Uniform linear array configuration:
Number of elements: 4
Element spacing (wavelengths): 1
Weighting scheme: binomial
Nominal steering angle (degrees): -45
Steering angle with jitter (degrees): -45.062
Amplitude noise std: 0.05
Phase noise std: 0.05

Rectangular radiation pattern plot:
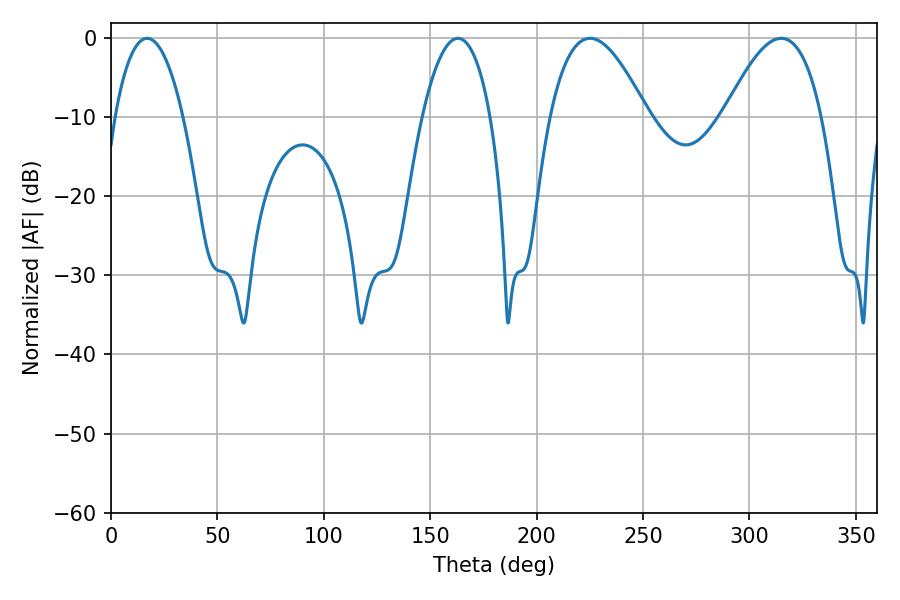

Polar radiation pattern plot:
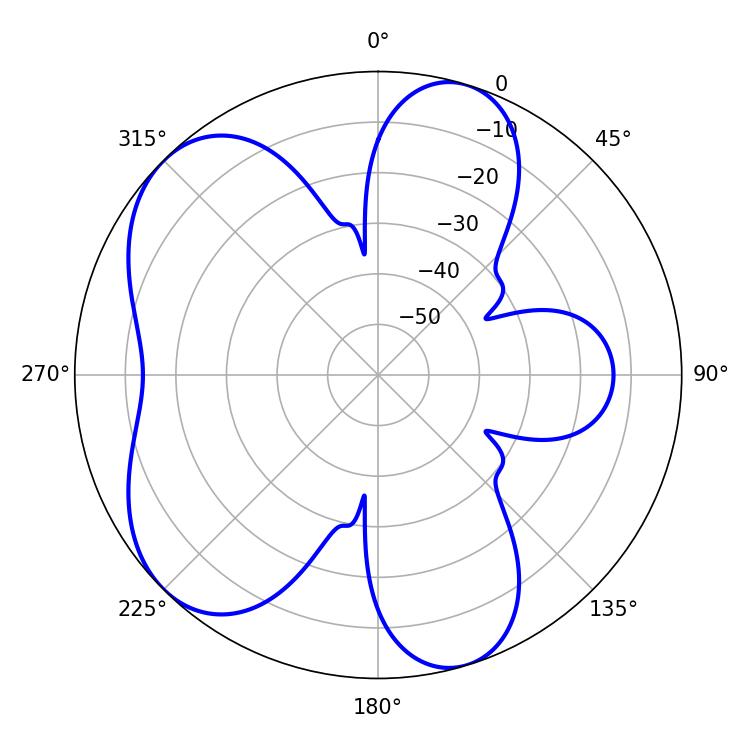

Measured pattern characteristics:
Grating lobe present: TRUE
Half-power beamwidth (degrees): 17.82
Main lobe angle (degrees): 16.92